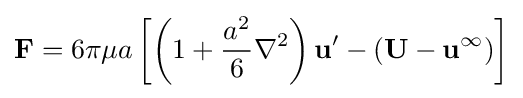
\mathbf {F} =6\pi \mu a\left[\left(1+{\frac {a^{2}}{6}}\nabla ^{2}\right)\mathbf {u} '-(\mathbf {U} -\mathbf {u} ^{\infty })\right]